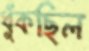
ধুঁকছিল